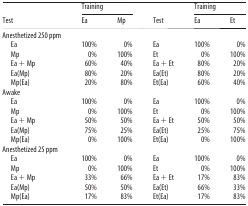
<table><thead><tr><td rowspan="2"><b>Test</b></td><td colspan="2"><b>Training</b></td><td rowspan="2"><b>Test</b></td><td colspan="2"><b>Training</b></td></tr><tr><td><b>Ea</b></td><td><b>Mp</b></td><td><b>Ea</b></td><td><b>Et</b></td></tr></thead><tbody><tr><td>Anesthetized 250 ppm</td><td></td><td></td><td></td><td></td><td></td></tr><tr><td>Ea</td><td>100%</td><td>0%</td><td>Ea</td><td>100%</td><td>0%</td></tr><tr><td>Mp</td><td>0%</td><td>100%</td><td>Et</td><td>0%</td><td>100%</td></tr><tr><td>Ea + Mp</td><td>60%</td><td>40%</td><td>Ea + Et</td><td>80%</td><td>20%</td></tr><tr><td>Ea(Mp)</td><td>80%</td><td>20%</td><td>Ea(Et)</td><td>80%</td><td>20%</td></tr><tr><td>Mp(Ea)</td><td>20%</td><td>80%</td><td>Et(Ea)</td><td>60%</td><td>40%</td></tr><tr><td>Awake</td><td></td><td></td><td></td><td></td><td></td></tr><tr><td>Ea</td><td>100%</td><td>0%</td><td>Ea</td><td>100%</td><td>0%</td></tr><tr><td>Mp</td><td>0%</td><td>100%</td><td>Et</td><td>0%</td><td>100%</td></tr><tr><td>Ea + Mp</td><td>50%</td><td>50%</td><td>Ea + Et</td><td>50%</td><td>50%</td></tr><tr><td>Ea(Mp)</td><td>75%</td><td>25%</td><td>Ea(Et)</td><td>25%</td><td>75%</td></tr><tr><td>Mp(Ea)</td><td>0%</td><td>100%</td><td>Et(Ea)</td><td>0%</td><td>100%</td></tr><tr><td>Anesthetized 25 ppm</td><td></td><td></td><td></td><td></td><td></td></tr><tr><td>Ea</td><td>100%</td><td>0%</td><td>Ea</td><td>100%</td><td>0%</td></tr><tr><td>Mp</td><td>0%</td><td>100%</td><td>Et</td><td>0%</td><td>100%</td></tr><tr><td>Ea + Mp</td><td>33%</td><td>66%</td><td>Ea + Et</td><td>17%</td><td>83%</td></tr><tr><td>Ea(Mp)</td><td>50%</td><td>50%</td><td>Ea(Et)</td><td>66%</td><td>33%</td></tr><tr><td>Mp(Ea)</td><td>17%</td><td>83%</td><td>Et(Ea)</td><td>17%</td><td>83%</td></tr></tbody></table>